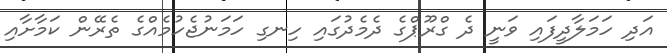
އަދި ހަމަލާދީފައި ވަނީ ދެ ގްރޫޕްގެ ދެމެދުގައި ހިނގި ހަމަނުޖެހުމެއްގެ ތެރޭން ކަމާށާއި